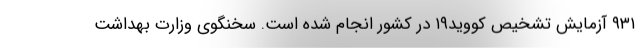
۹۳۱ آزمایش تشخیص کووید۱۹ در کشور انجام شده است. سخنگوی وزارت بهداشت